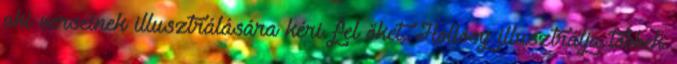
aki verseinek illusztrálására kéri fel őket. Hollósy illusztrálja többek